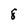
Character: 8